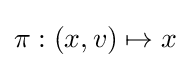
\pi :(x,v)\mapsto x